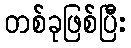
တစ်ခုဖြစ်ပြီး